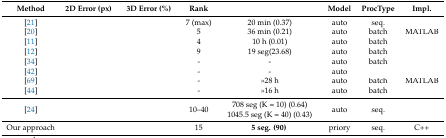
<table><thead><tr><td><b>Method</b></td><td><b>2D Error (px)</b></td><td><b>3D Error (%)</b></td><td><b>Rank</b></td><td>[EMPTY_CELL]</td><td><b>Model</b></td><td><b>ProcType</b></td><td><b>Impl.</b></td></tr></thead><tbody><tr><td>[21]</td><td>[EMPTY_CELL]</td><td>[EMPTY_CELL]</td><td>7 (max)</td><td>20 min (0.37)</td><td>auto</td><td>seq.</td><td>[EMPTY_CELL]</td></tr><tr><td>[20]</td><td>[EMPTY_CELL]</td><td>[EMPTY_CELL]</td><td>5</td><td>36 min (0.21)</td><td>auto</td><td>batch</td><td>MATLAB</td></tr><tr><td>[11]</td><td>[EMPTY_CELL]</td><td>[EMPTY_CELL]</td><td>4</td><td>10 h (0.01)</td><td>auto</td><td>batch</td><td>[EMPTY_CELL]</td></tr><tr><td>[12]</td><td>[EMPTY_CELL]</td><td>[EMPTY_CELL]</td><td>9</td><td>19 seg(23.68)</td><td>auto</td><td>batch</td><td>[EMPTY_CELL]</td></tr><tr><td>[34]</td><td>[EMPTY_CELL]</td><td>[EMPTY_CELL]</td><td>-</td><td>-</td><td>auto</td><td>batch</td><td>[EMPTY_CELL]</td></tr><tr><td>[42]</td><td>[EMPTY_CELL]</td><td>[EMPTY_CELL]</td><td>-</td><td>-</td><td>auto</td><td>[EMPTY_CELL]</td><td>[EMPTY_CELL]</td></tr><tr><td>[69]</td><td>[EMPTY_CELL]</td><td>[EMPTY_CELL]</td><td>-</td><td>&gt;&gt;28 h</td><td>auto</td><td>batch</td><td>MATLAB</td></tr><tr><td>[44]</td><td>[EMPTY_CELL]</td><td>[EMPTY_CELL]</td><td>-</td><td>&gt;&gt;16 h</td><td>auto</td><td>batch</td><td>[EMPTY_CELL]</td></tr><tr><td>[24]</td><td>[EMPTY_CELL]</td><td>[EMPTY_CELL]</td><td>10–40</td><td>708 seg (K = 10) (0.64)1045.5 seg (K = 40) (0.43)</td><td>auto</td><td>seq.</td><td>[EMPTY_CELL]</td></tr><tr><td>Our approach</td><td>[EMPTY_CELL]</td><td>[EMPTY_CELL]</td><td>15</td><td><b>5 seg. (90)</b></td><td>priory</td><td>seq.</td><td>C++</td></tr></tbody></table>